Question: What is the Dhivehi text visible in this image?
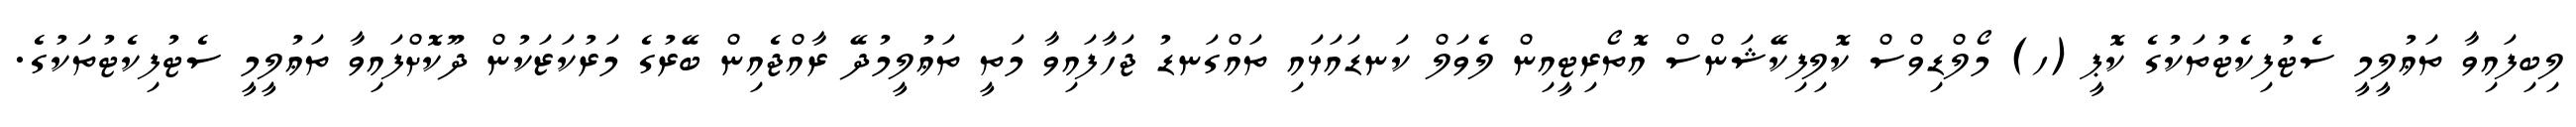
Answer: ލިބިފައިވާ ތަޢުލީމީ ސެޓުފިކެޓުތަކުގެ ކޮޕީ (ހ) މޯލްޑިވްސް ކޮލިފިކޭޝަންސް އޮތޯރިޓީއިން ލެވަލް ކަނޑައަޅައި ތައްގަނޑު ޖަހާފައިވާ މަތީ ތަޢުލީމުދޭ ރާއްޖެއިން ބޭރުގެ މަރުކަޒަކުން ދޫކޮށްފައިވާ ތަޢުލީމީ ސެޓުފިކެޓުތަކުގެ.